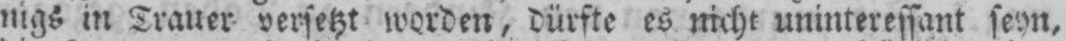
nigs in Trauer versetzt worden, dürfte es nicht uninteressant seyn,